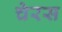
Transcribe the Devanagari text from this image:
चेरस